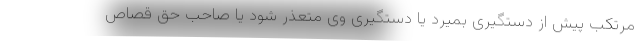
مرتکب پیش از دستگیری بمیرد یا دستگیری وی متعذر شود یا صاحب حق قصاص